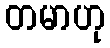
တမာဟု